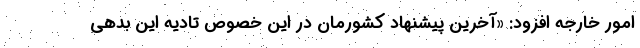
امور خارجه افزود: «آخرین پیشنهاد کشورمان در این خصوص تادیه این بدهی